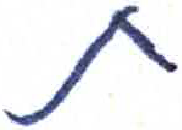
אות: ת